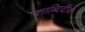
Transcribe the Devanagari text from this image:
शाब्दिदीक